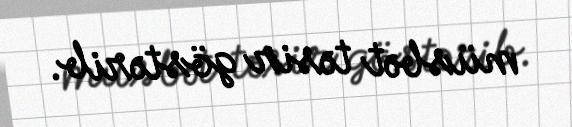
müsbət təsir göstərib.